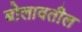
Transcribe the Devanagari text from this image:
बोलावतील